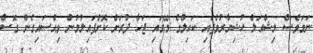
ނަމަވެސް މިޝްއަލް ހުޝިޔާރުވެފައި ކައިލްގެ މޭގައި ޖަހާ ދުރަށް ކޮށްޕައިލުމުން ވިއްސައިގެން ގޮސް